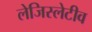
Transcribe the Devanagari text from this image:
लेजिस्लेटीव